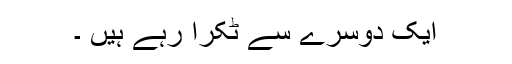
ایک دوسرے سے ٹکرا رہے ہیں ۔